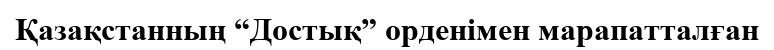
Қазақстанның “Достық” орденімен марапатталған